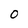
Character: 0